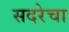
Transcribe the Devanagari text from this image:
सदरेचा